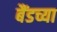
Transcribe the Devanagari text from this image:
बैंडच्या